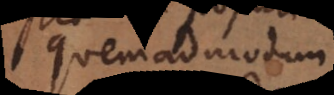
quemadmodum